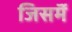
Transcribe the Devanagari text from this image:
जिसमॆं